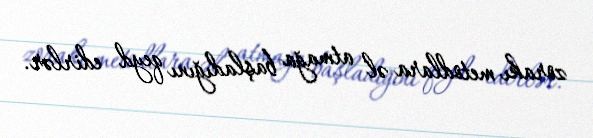
zorakı metodlara əl atmağa başladığını qeyd edirlər.